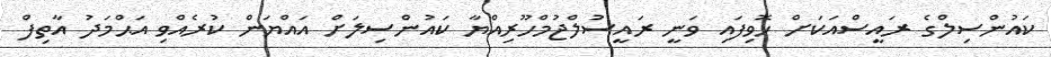
ކައުންސިލްގެ ރައީސްއަކަށް ހޮވިފައި ވަނީ ރައީސުލްޖުމްހޫރިއްޔާ ކައުންސިލަށް އައްޔަން ކުރެއްވި އަޙްމަދު އާތިފް